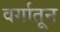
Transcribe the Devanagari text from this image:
वर्गातून